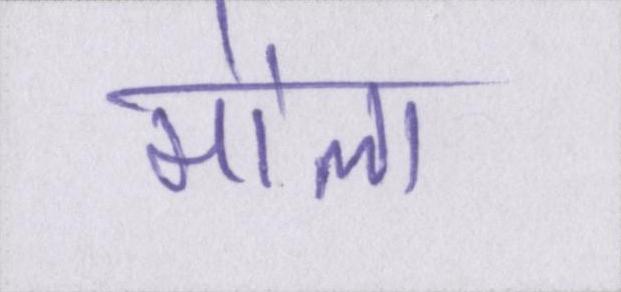
मौला